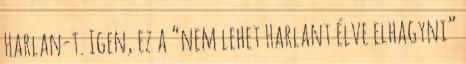
Harlan-t. Igen, ez a “nem lehet Harlant élve elhagyni”